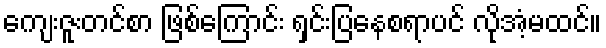
ကျေးဇူးတင်စာ ဖြစ်ကြောင်း ရှင်းပြနေစရာပင် လိုအံ့မထင်။